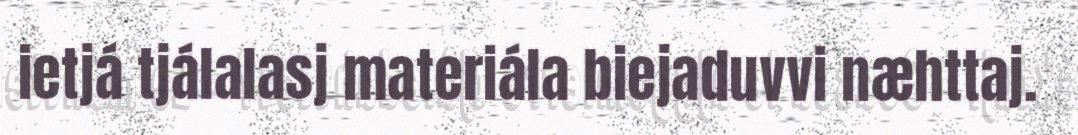
ietjá tjálalasj materiála biejaduvvi næhttaj.